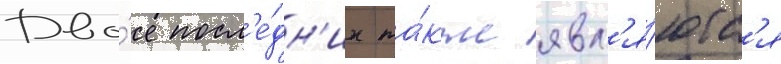
Дво́е посл'е́дн'их та́кже явл'я́ютс'я